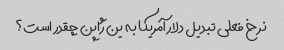
نرخ فعلی تبدیل دلار آمریکا به ین ژاپن چقدر است؟